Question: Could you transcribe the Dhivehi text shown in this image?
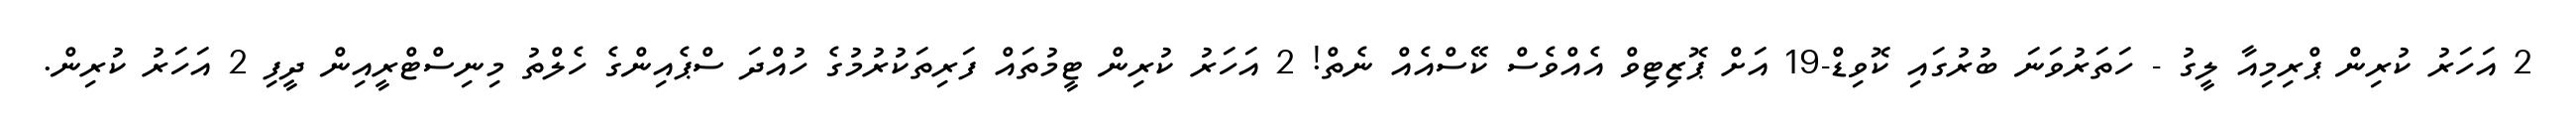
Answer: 2 އަހަރު ކުރިން ޕްރިމިއާ ލީގު - ހަތަރުވަނަ ބުރުގައި ކޮވިޑް-19 އަށް ޕޮޒިޓިވް އެއްވެސް ކޭސްއެއް ނެތް! 2 އަހަރު ކުރިން ޓީމުތައް ފަރިތަކުރުމުގެ ހުއްދަ ސްޕެއިންގެ ހެލްތު މިނިސްޓްރީއިން ދީފި 2 އަހަރު ކުރިން.